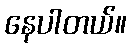
နေပါတယ်။